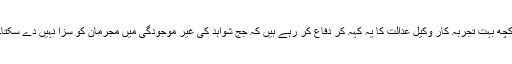
کچھ بہت تجربہ کار وکیل عدالت کا یہ کہہ کر دفاع کر رہے ہیں کہ جج شواہد کی غیر موجودگی میں مجرمان کو سزا نہیں دے سکتا۔